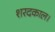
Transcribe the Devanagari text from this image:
शरदकाल।